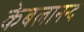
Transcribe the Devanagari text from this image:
केबलानन्द